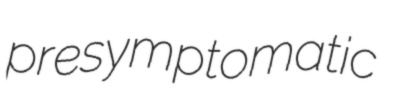
presymptomatic